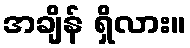
အချိန် ရှိလား။